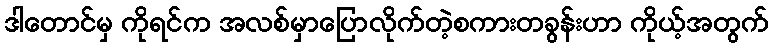
ဒါတောင်မှ ကိုရင်က အလစ်မှာပြောလိုက်တဲ့စကားတခွန်းဟာ ကိုယ့်အတွက်